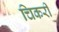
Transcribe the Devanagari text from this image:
चिकरी